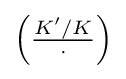
{\textstyle \left({\frac {K'/K}{\cdot }}\right)}